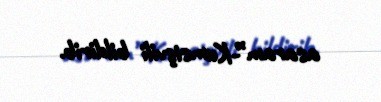
asaram”-Kumsişvili bildirib.